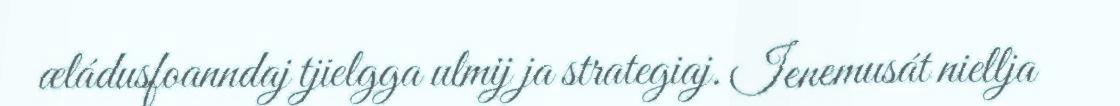
æládusfoanndaj tjielgga ulmij ja strategiaj. Ienemusát niellja